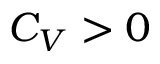
C _ { V } > 0